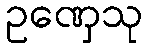
ဥဏှေသု